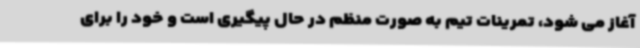
آغاز می شود، تمرینات تیم به صورت منظم در حال پیگیری است و خود را برای